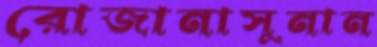
রোজানাসুনান